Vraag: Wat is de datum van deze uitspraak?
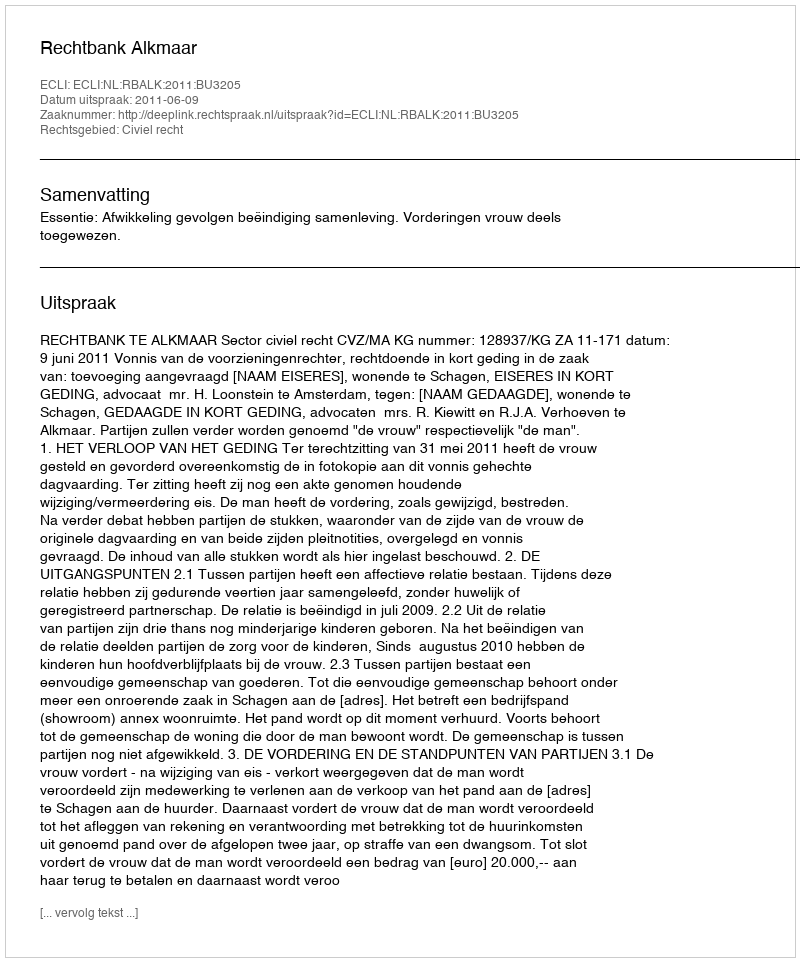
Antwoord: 2011-06-09